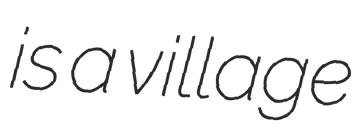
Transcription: is a village